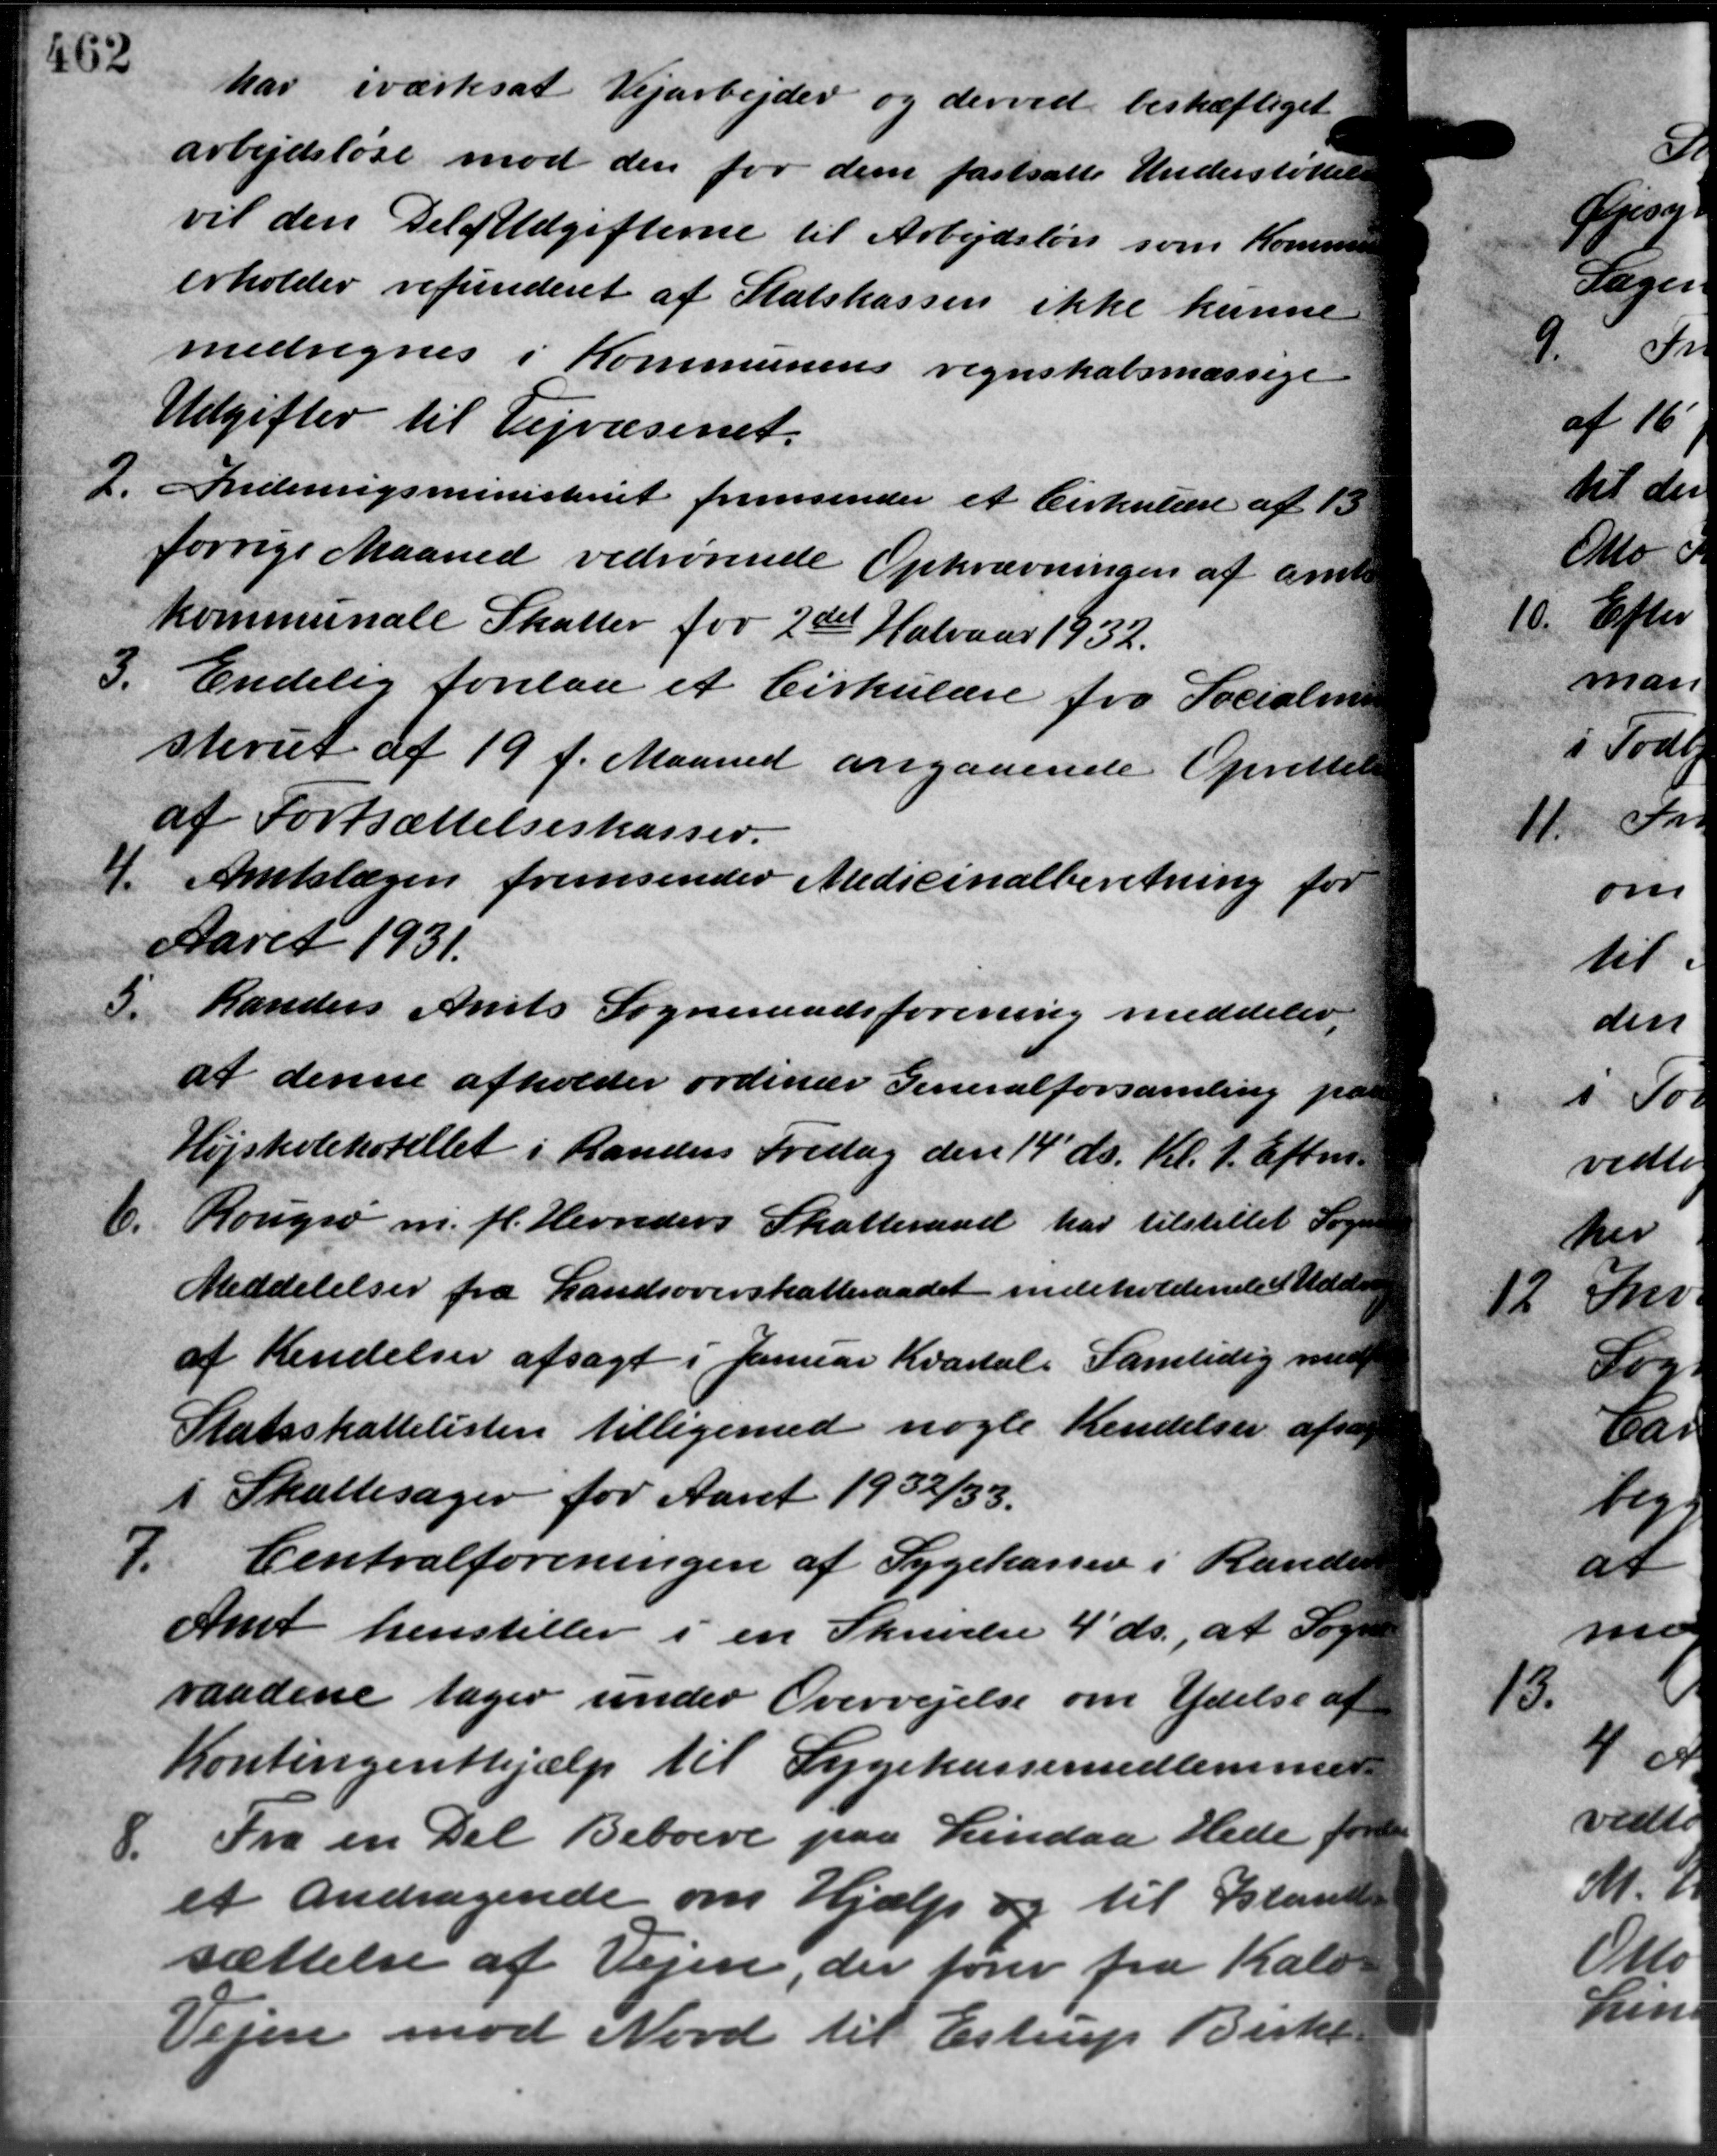
Transskription:
har iværksat Vejarbejder og derved beskæftiget
arbejdsløse mod den for dem fastsatte Understøttelse
vil den Del af Udgifterne til Arbejdsløn som Kommune
erholder refunderet af Statskassen ikke kunne
medregnes i Kommunens regnskabsmæssige
Udgifter til Vejvæsenet.
2.
Indenrigsministeriet fremsender et Cirkulære af 13
forrige Maaned vedrørende Opkrævningen af amts
kommunale Skatter for 2den Halvaar 1932.
3.
Endelig forelaa et Cirkulære fra Socialmi
steriet af 19 f. Maaned angaaende Oprettelse
af Fortsættelseskasser.
4.
Amtslægen fremsender Medicinalberetning for
Aaret 1931.
5.
Randers Amts Sogneraadsforening meddeler,
at denne afholder ordinær Generalforsamling paa
Højskolehotellet i Randers Fredag den 14' ds. Kl. 7. Eftm.
Rougsø m. fl. Herreders Skatteraad har tilstillet Sogne-
6.
Meddelelser fra Landsoverskatteraadet indeholdende Udde
af Kendelser afsagt i Januar Kvartal. Samtidig med
Statsskattelisten tilligemed nogle Kendelser afsag
i Skattesager for Aaret 1932/33.
7.
Centralforeningen af Sygekassen i Rander
Amt henstiller i en Skrivelse 4´ ds., at Sogn
raadene tager under Overvejelse om Ydelse af
Kontingenthjælp til Sygekassemedlemmer
8.
Fra en Del Beboere paa Lindaa Hede foren
et Andragende om Hjælp og til Island
sættelse af Vejen, der fører fra Kalv
Vejen mod Nord til Estrup Birke-